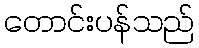
တောင်းပန်သည်